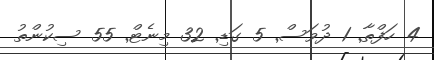
4 ހަފްތާ